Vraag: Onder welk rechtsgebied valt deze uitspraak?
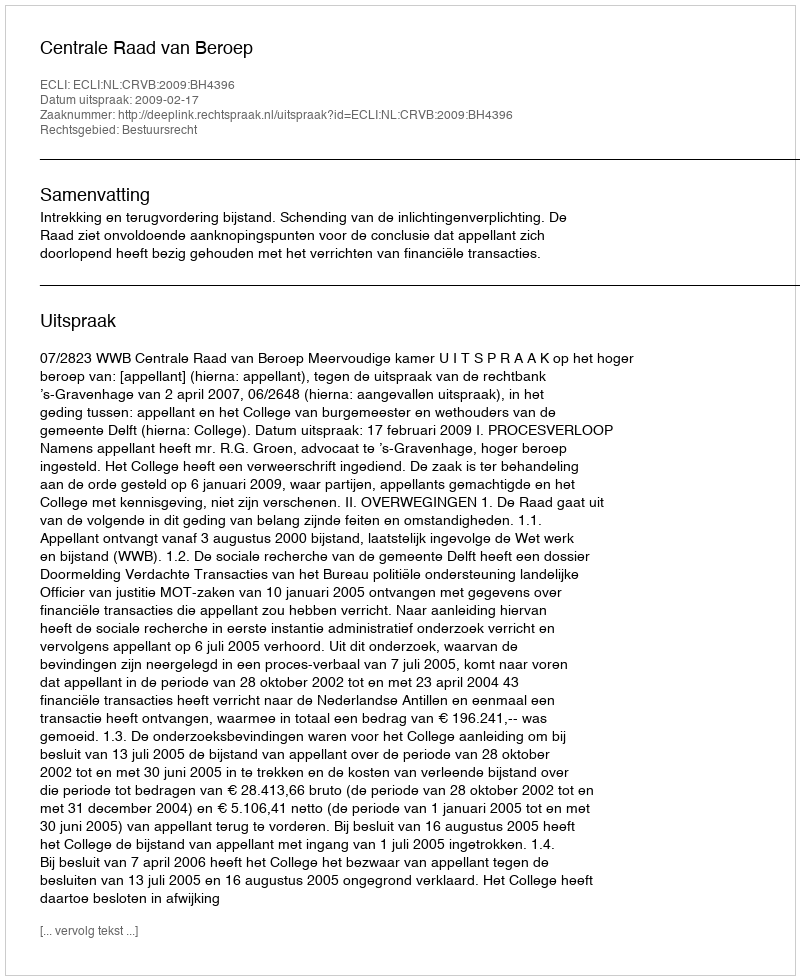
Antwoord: Bestuursrecht